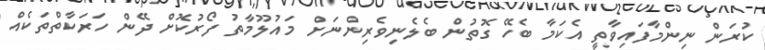
ކުރަން ނިންމާފައިވާތީ އެކަމާ ބެހޭ ގޮތުން ބެލެނިވެރިންނަށް މައުލޫމާތު ފޯރުކޮށް ދޭން ހަރަކާތްތަކެއް